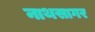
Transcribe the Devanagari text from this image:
नाथसागर